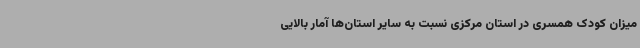
میزان کودک همسری در استان مرکزی نسبت به سایر استان‌ها آمار بالایی